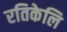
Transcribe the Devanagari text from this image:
रतिकेलि